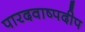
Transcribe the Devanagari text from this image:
पारदवाष्पदीप